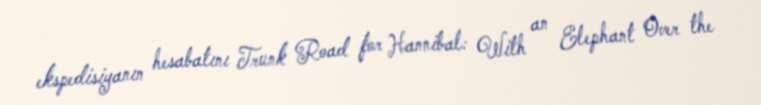
ekspedisiyanın hesabatını Trunk Road for Hannibal: With an Elephant Over the